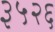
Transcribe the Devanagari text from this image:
३५२६